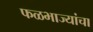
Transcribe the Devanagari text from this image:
फळभाज्यांचा